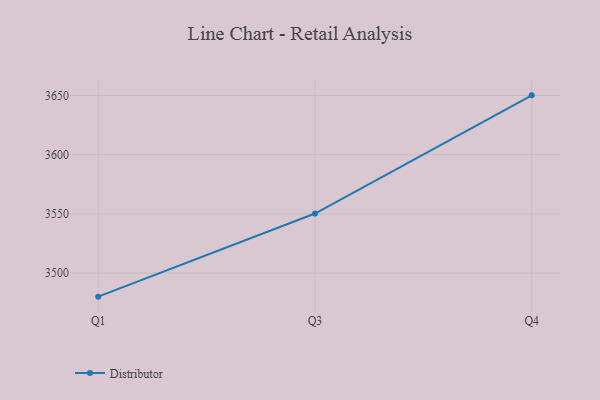
{"axis": {"x": "Quarter", "y": "Conversion Rate (%)"}, "legend": ["Distributor"], "data": [{"x": "Q1", "y": 3480.1, "type": "Distributor"}, {"x": "Q3", "y": 3550.3, "type": "Distributor"}, {"x": "Q4", "y": 3650.1, "type": "Distributor"}]}